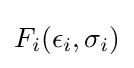
F_{i}(\epsilon _{i},\sigma _{i})